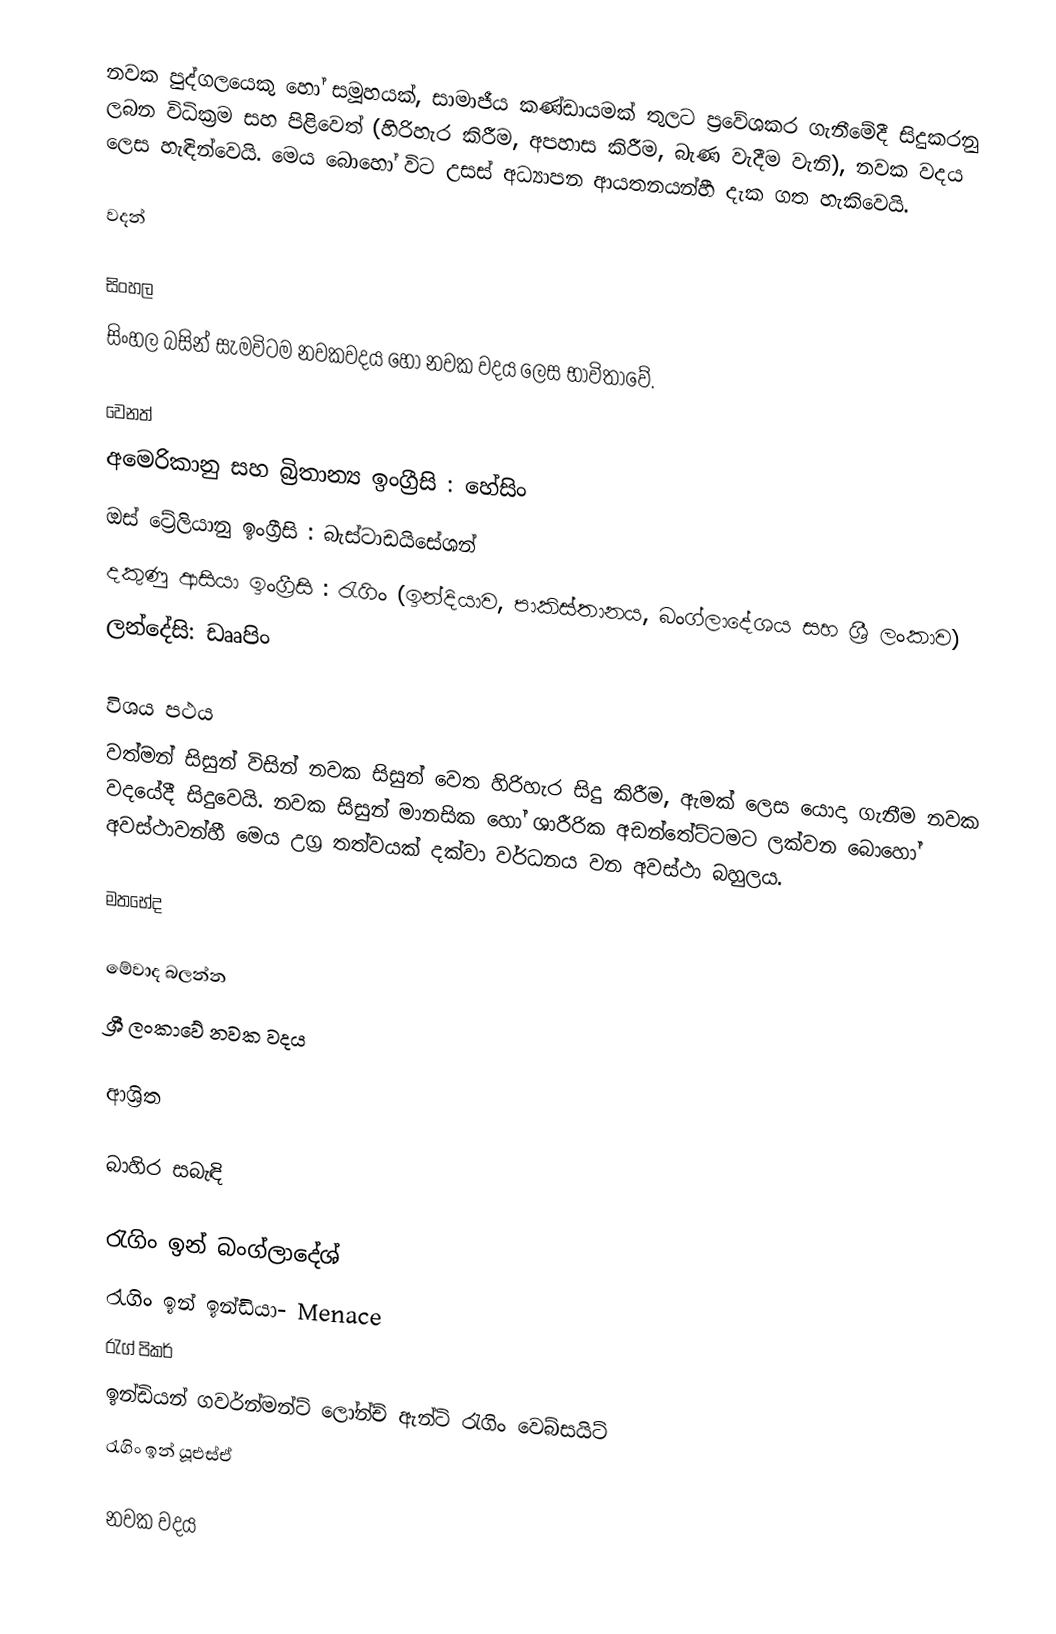
නවක පුද්ගලයෙකු හෝ සමූහයක්, සාමාජීය කණ්ඩායමක් තුලට ප්‍රවේශකර ගැනීමේදී සිදුකරනු ලබන විධික්‍රම සහ පිළිවෙත් (හිරිහැර කිරීම, අපහාස කිරීම, බැණ වැදීම වැනි), නවක වදය ලෙස හැඳින්වෙයි. මෙය බොහෝ විට උසස් අධ්‍යාපන ආයතනයන්හී දැක ගත හැකිවෙයි.

වදන්

සිංහල
සිංහල බසින් සැමවිටම නවකවදය හෝ නවක වදය ලෙස භාවිතාවේ.

වෙනත්
 අමෙරිකානු සහ බ්‍රිතාන්‍ය ඉංග්‍රීසි : හේසිං
 ඔස් ට්‍රේලියානු ඉංග්‍රීසි : බැස්ටාඩයිසේශන්
 දකුණු ආසියා ඉංග්‍රීසි : රැගිං  (ඉන්දියාව, පාකිස්තානය, බංග්ලාදේශය සහ ශ්‍රී ලංකාව)
ලන්දේසි: ඩෘෘපිං

විශය පථය
වත්මන් සිසුන් විසින් නවක සිසුන් වෙත හිරිහැර සිදු කිරීම, ඇමක් ලෙස යොදා ගැනීම නවක වදයේදී සිදුවෙයි. නවක සිසුන් මානසික හෝ ශාරීරික අඩන්තේට්ටමට ලක්වන බොහෝ අවස්ථාවන්හී මෙය උග්‍ර තත්වයක් දක්වා වර්ධනය වන අවස්ථා බහුලය.

මතභේද

මේවාද බලන්න
ශ්‍රී ලංකාවේ නවක වදය

ආශ්‍රිත

බාහිර සබැඳි

 රැගිං ඉන් බංග්ලාදේශ්
 රැගිං ඉන් ඉන්ඩියා- Menace
 රැග් පිකර්
 ඉන්ඩියන් ගවර්න්මන්ට් ලෝන්ච් ඇන්ටි රැගිං වෙබ්සයිට්
 රැගිං ඉන් යූඑස්ඒ

නවක වදය